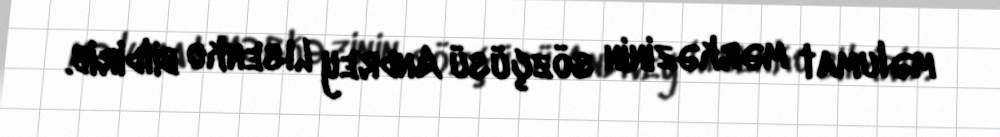
məlumat mərkəzinin sözçüsü Andrey Lısenko bildirib.